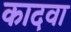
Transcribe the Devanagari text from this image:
कादवा